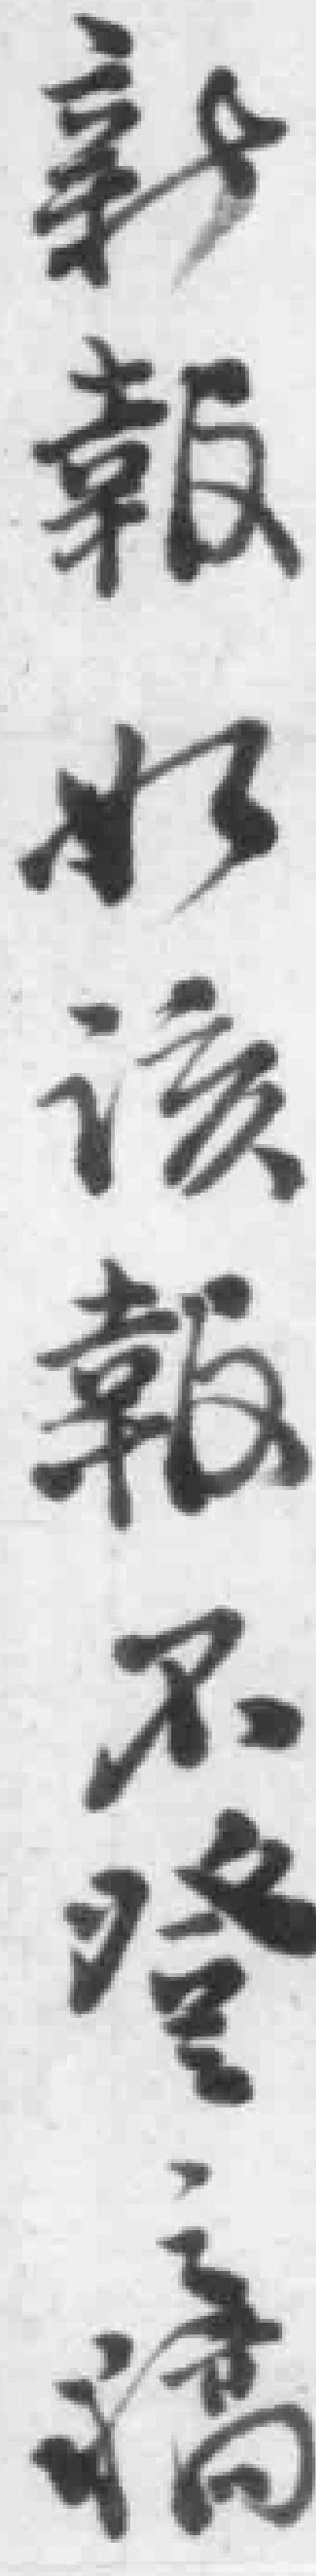
新報如該報不登稿